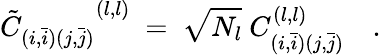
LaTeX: {{\tilde{C}}_{(i,\bar{i})(j,\bar{j})}}^{(l,l)}\ =\ {\sqrt{N_{l}}\ C_{(i,\bar{i})(j,\bar{j})}^{(l,l)}}\quad.